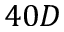
4 0 D